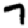
Digit: 7